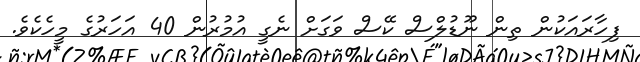
ފިހާރައަކުން ތިން ނޫޑުލްސް ކޭސް ވަގަށް ނެގީ އުމުރުން 40 އަހަރުގެ މީހެކެވެ.